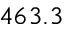
4 6 3 . 3